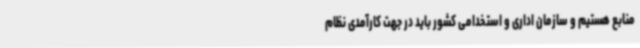
منابع هستیم و سازمان اداری و استخدامی کشور باید در جهت کارآمدی نظام